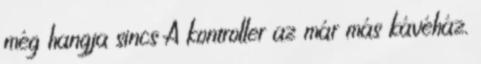
még hangja sincs A kontroller az már más kávéház.